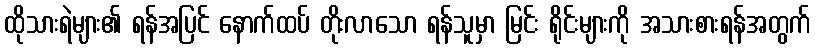
ထိုသားရဲများ၏ ရန်အပြင် နောက်ထပ် တိုးလာသော ရန်သူမှာ မြင်း ရိုင်းများကို အသားစားရန်အတွက်